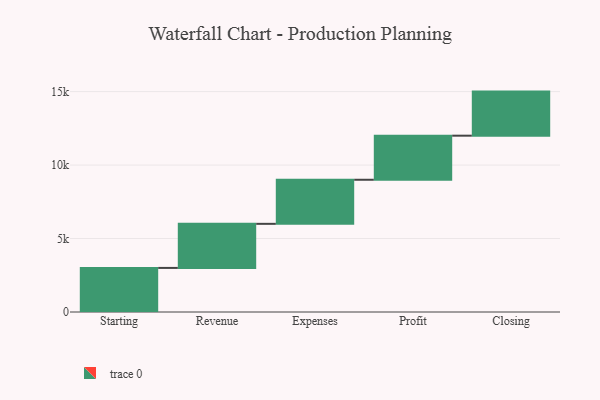
{"axis": {"x": "Step", "y": "Value"}, "legend": [""], "data": [{"x": "Starting", "y": 3000, "type": ""}, {"x": "Revenue", "y": 3000, "type": ""}, {"x": "Expenses", "y": 3000, "type": ""}, {"x": "Profit", "y": 3000, "type": ""}, {"x": "Closing", "y": 3000, "type": ""}]}